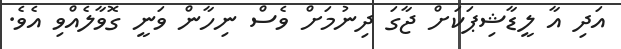
އަދި އާ ލީޑާޝިޕަކަށް ޖާގަ ދިނުމަށް ވެސް ނިހާން ވަނީ ގޮވާލެއްވި އެވެ.